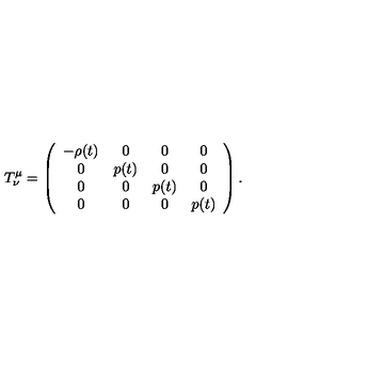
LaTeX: T _ { \nu } ^ { \mu } = \left( \begin{array} { c c c c } { - \rho ( t ) } & { 0 } & { 0 } & { 0 } \\ { 0 } & { p ( t ) } & { 0 } & { 0 } \\ { 0 } & { 0 } & { p ( t ) } & { 0 } \\ { 0 } & { 0 } & { 0 } & { p ( t ) } \\ \end{array} \right) .